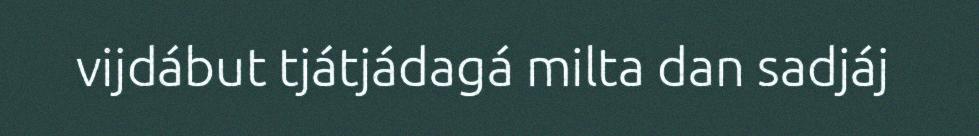
vijdábut tjátjádagá milta dan sadjáj